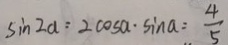
\sin 2 a : 2 \cos a \cdot \sin a = \frac { 4 } { 5 }